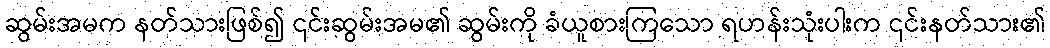
ဆွမ်းအမက နတ်သားဖြစ်၍ ၎င်းဆွမ်းအမ၏ ဆွမ်းကို ခံယူစားကြသော ရဟန်းသုံးပါးက ၎င်းနတ်သား၏